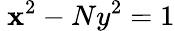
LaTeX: \ \mathbf{x}^{2}-Ny^{2}=1